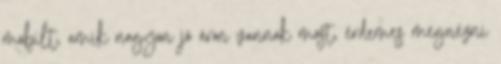
mobilt, amik nagyon jó áron vannak most, érdemes megnézni